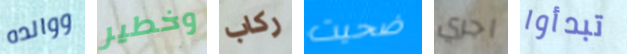
ووالده وخطير ركاب ضحيت اجري تبدأوا